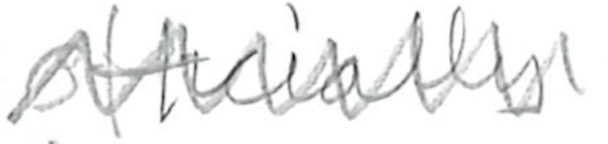
Text: officially
Cross-out: zig-zag
Writing tool: pencil